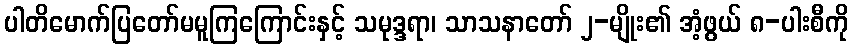
ပါတိမောက်ပြတော်မမူကြကြောင်းနှင့် သမုဒ္ဒရာ၊ သာသနာတော် ၂-မျိုး၏ အံ့ဖွယ် ၈-ပါးစီကို